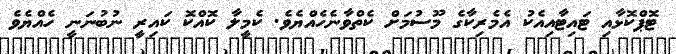
ޓޮޕްކޮޅާއި ޓައިޓާއިއެކު އެމެރިކާގެ މޫސުމަށް ކެތްވާނެހެއްޔެވެ. ކެމީލާ ކޮއްކޮ ކައިރީ ނުބުނަނީ ހެއްޔެވެ